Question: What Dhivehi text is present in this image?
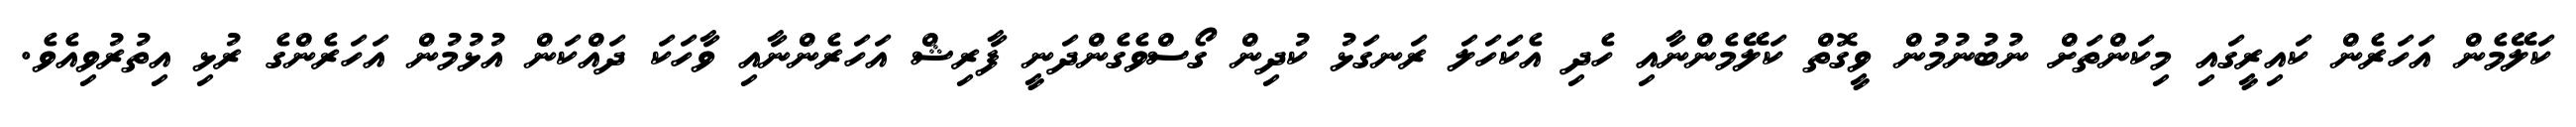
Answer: ކަލޭމެން އަހަރެން ކައިރީގައި މިކަންތަށް ނުބުނުމުން ވީގޮތް ކަލޭމެންނާއި ހެދި އެކަހަލަ ރަނގަޅު ކުދިން ގޯސްވެގެންދަނީ ފާރިޝް އަހަރެންނާއި ވާހަކަ ދައްކަން އުޅުމުން އަހަރެންގެ ރުޅި އިތުރުވިއެވެ.